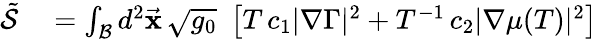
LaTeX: \begin{array}{rl}{\tilde{\mathcal{S}}}&{{}=\int_{\mathcal{B}}d^{2}\vec{\mathbf x}\, \sqrt{g_{0}}\, \, \left[T\, c_{1}|\nabla{\Gamma}|^{2}+T^{-1}\, c_{2}|\nabla\mu(T)|^{2}\right]}\end{array}